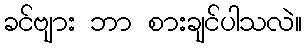
ခင်ဗျား ဘာ စားချင်ပါသလဲ။